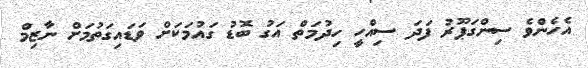
އެހެންވެ ސިންގަޕޫރު ފަދަ ސިއްހީ ހިދުމަތް އަގު ބޮޑު ގައުމަކަށް ވަޑައިގަތުމަށް ނާޒިމް